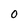
Character: O